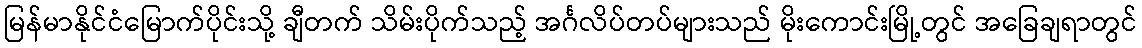
မြန်မာနိုင်ငံမြောက်ပိုင်းသို့ ချီတက် သိမ်းပိုက်သည့် အင်္ဂလိပ်တပ်များသည် မိုးကောင်းမြို့တွင် အခြေချရာတွင်